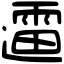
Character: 䢮